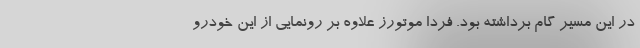
در این مسیر گام برداشته بود. فردا موتورز علاوه بر رونمایی از این خودرو